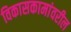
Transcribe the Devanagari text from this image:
विकासकामांवरील